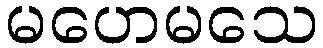
မဟေမသေ